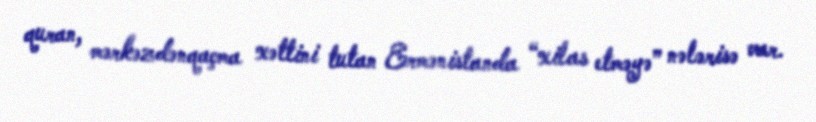
quran, mərkəzdənqaçma xəttini tutan Ermənistanda “xilas etməyə” nələrisə var.